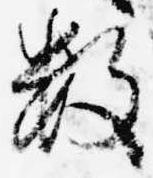
数